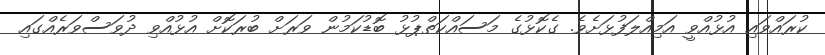
ކުރައްވައި އުޅުއްވީ އަމިއްލަފުޅަށެވެ. ގެކޮޅުގެ މަސައްކަތްޕުޅު ބޮޑުކަމުން ވަރަށް ބުރަކޮށް އުޅުއްވި ދުވަސްވަރެއްގައި